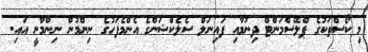
މި ކޯސްތަކުގެ ޕްލޭސްމަންޓް ދިނުމާއި ފައިނަލް ސެލެކްޝަންގެ އެންމެފަހުގެ ނިންމުން ނިންމާނީ އައި.